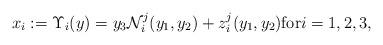
LaTeX: \begin{align*}x_{i}:=\Upsilon_{i}(y)=y_{3}\mathcal{N}_{i}^{j}(y_{1},y_{2})+z_{i}^{j}(y_{1},y_{2})\mbox{for}i=1,2,3,\end{align*}